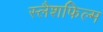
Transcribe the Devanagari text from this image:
स्लैशफिल्म